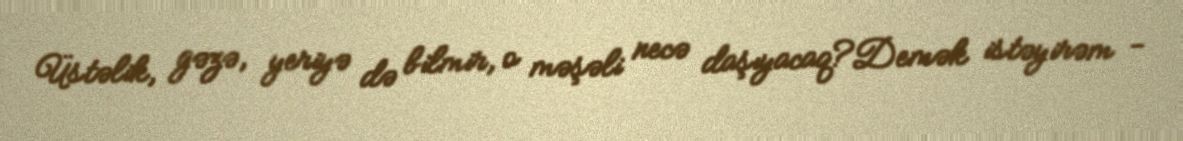
Üstəlik, gəzə, yeriyə də bilmir, o məşəli necə daşıyacaq?Demək istəyirəm -